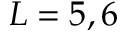
L = 5 , 6